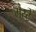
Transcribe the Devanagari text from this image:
मैस्ट्रे